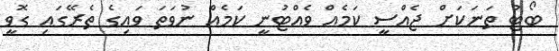
ބޯޓު ތަނަކަށް ޖެއްސީ ކަމެއް ވެއްޓުނީ ކަމެއް ނުވަތަ ވައިގެ ތެރޭގައި ގޮވީ